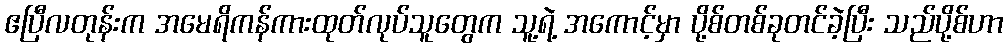
ဧပြီလတုန်းက အမေရိကန်ကားထုတ်လုပ်သူတွေက သူ့ရဲ့ အကောင့်မှာ ပို့စ်တစ်ခုတင်ခဲ့ပြီး သည်ပို့စ်ဟာ